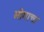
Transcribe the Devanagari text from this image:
भोगाचा